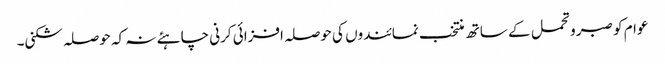
عوام کو صبر و تحمل کے ساتھ منتخب نمائندوں کی حوصلہ افزائی کرنی چاہئے نہ کہ حوصلہ شکنی۔